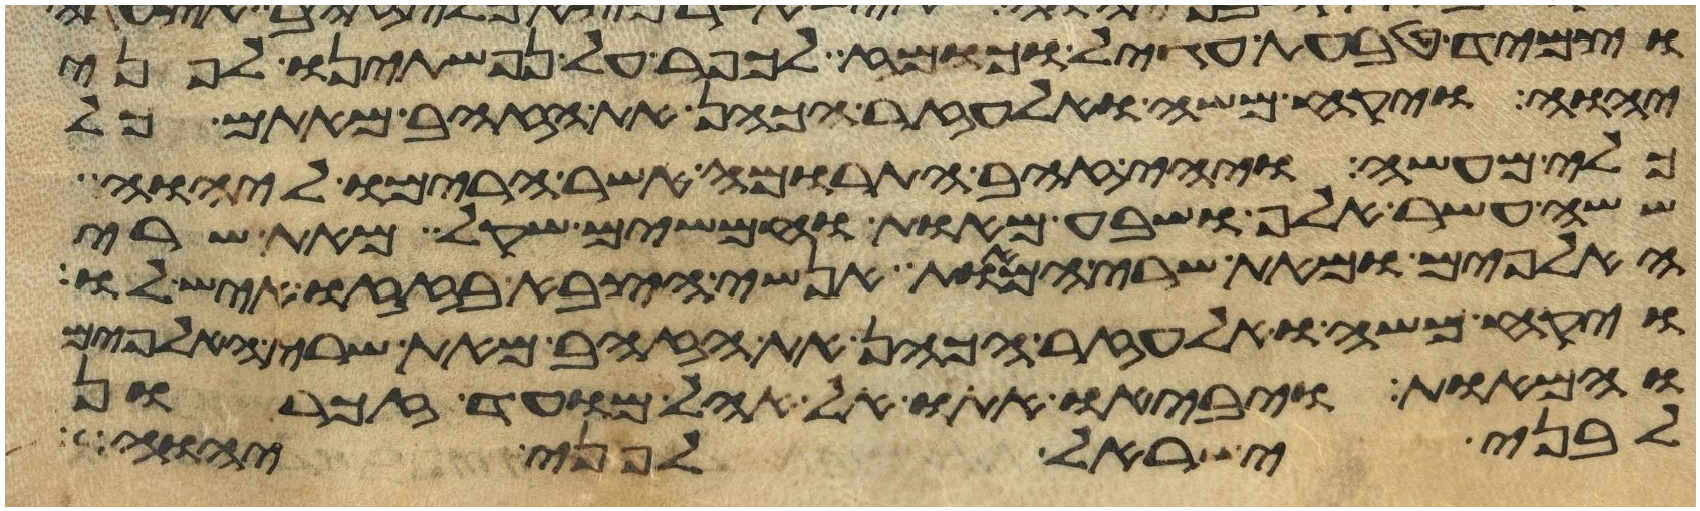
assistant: וצמיד טבעת עגיל וכומז לכפר על נפשתינו לפני
יהוה ויקח משה ואלעזר הכהן את הזהב מאתם כל
כלי מעשה ויהי זהב התרומה אשר הרימו ליהוה
ששה עשר אלף ושבע מאות וחמשים שקל מאת שרי
האלפים ומאת שרי המאות אנשי הצבא בזזו איש לו
ויקח משה ואלעזר הכהן את הזהב מאת שרי האלפים
והמאות ויביאו אתו אל אהל מועד זכרון
לבני ישראל לפני יהוה